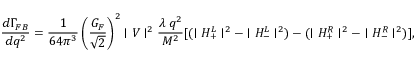
\displaystyle \frac { d \Gamma _ { F B } } { d q ^ { 2 } } = \displaystyle \frac { 1 } { 6 4 \pi ^ { 3 } } \left( \frac { G _ { F } } { \sqrt { 2 } } \right) ^ { 2 } \mid V \mid ^ { 2 } \frac { \lambda \; q ^ { 2 } } { M ^ { 2 } } [ ( \mid H _ { + } ^ { L } \mid ^ { 2 } - \mid H _ { - } ^ { L } \mid ^ { 2 } ) - ( \mid H _ { + } ^ { R } \mid ^ { 2 } - \mid H _ { - } ^ { R } \mid ^ { 2 } ) ] ,